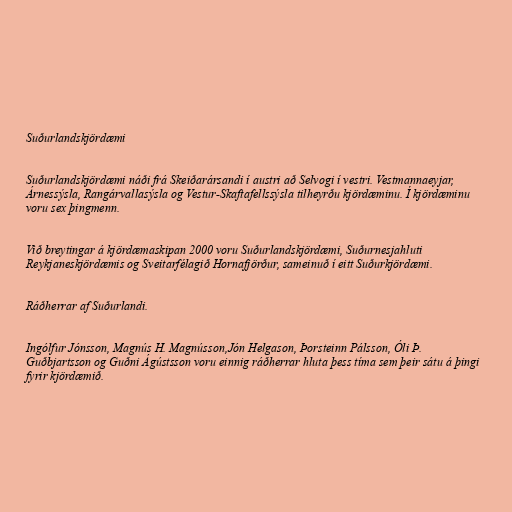
Suðurlandskjördæmi

Suðurlandskjördæmi náði frá Skeiðarársandi í austri að Selvogi í vestri. Vestmannaeyjar,
Árnessýsla, Rangárvallasýsla og Vestur-Skaftafellssýsla tilheyrðu kjördæminu. Í kjördæminu
voru sex þingmenn.

Við breytingar á kjördæmaskipan 2000 voru Suðurlandskjördæmi, Suðurnesjahluti
Reykjaneskjördæmis og Sveitarfélagið Hornafjörður, sameinuð í eitt Suðurkjördæmi.

Ráðherrar af Suðurlandi.

Ingólfur Jónsson, Magnús H. Magnússon,Jón Helgason, Þorsteinn Pálsson, Óli Þ.
Guðbjartsson og Guðni Ágústsson voru einnig ráðherrar hluta þess tíma sem þeir sátu á þingi
fyrir kjördæmið.